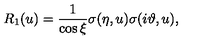
R _ { 1 } ( u ) = \frac { 1 } { \cos \xi } \sigma ( \eta , u ) \sigma ( i \vartheta , u ) ,